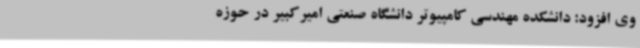
وی افزود: دانشکده مهندسی کامپیوتر دانشگاه صنعتی امیرکبیر در حوزه